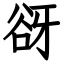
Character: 谺